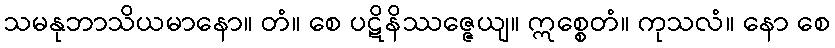
သမနုဘာသိယမာနော။ တံ။ စေ ပဋိနိဿဇ္ဇေယျ။ ဣစ္စေတံ။ ကုသလံ။ နော စေ